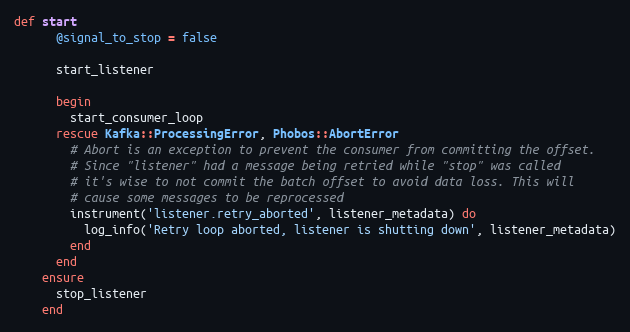
Language: Ruby
def start
      @signal_to_stop = false

      start_listener

      begin
        start_consumer_loop
      rescue Kafka::ProcessingError, Phobos::AbortError
        # Abort is an exception to prevent the consumer from committing the offset.
        # Since "listener" had a message being retried while "stop" was called
        # it's wise to not commit the batch offset to avoid data loss. This will
        # cause some messages to be reprocessed
        instrument('listener.retry_aborted', listener_metadata) do
          log_info('Retry loop aborted, listener is shutting down', listener_metadata)
        end
      end
    ensure
      stop_listener
    end